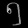
Digit: ၅